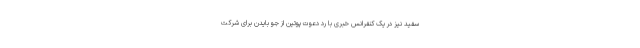
سفید نیز در یک کنفرانس خبری با رد دعوت پوتین از جو بایدن برای شرکت